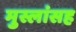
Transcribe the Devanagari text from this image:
मुस्लांसह